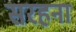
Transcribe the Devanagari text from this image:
सरहना